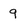
Character: 9